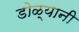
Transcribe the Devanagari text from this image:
डोळ्यानी